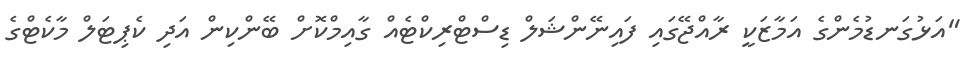
"އަޅުގަނޑުމެންގެ އަމާޒަކީ ރާއްޖޭގައި ފައިނޭންޝަލް ޑިސްޓްރިކްޓެއް ގާއިމްކޮށް ބޭންކިން އަދި ކެޕިޓަލް މާކެޓްގެ